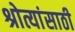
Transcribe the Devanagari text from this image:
श्रोत्यांसाठी